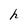
Character: h